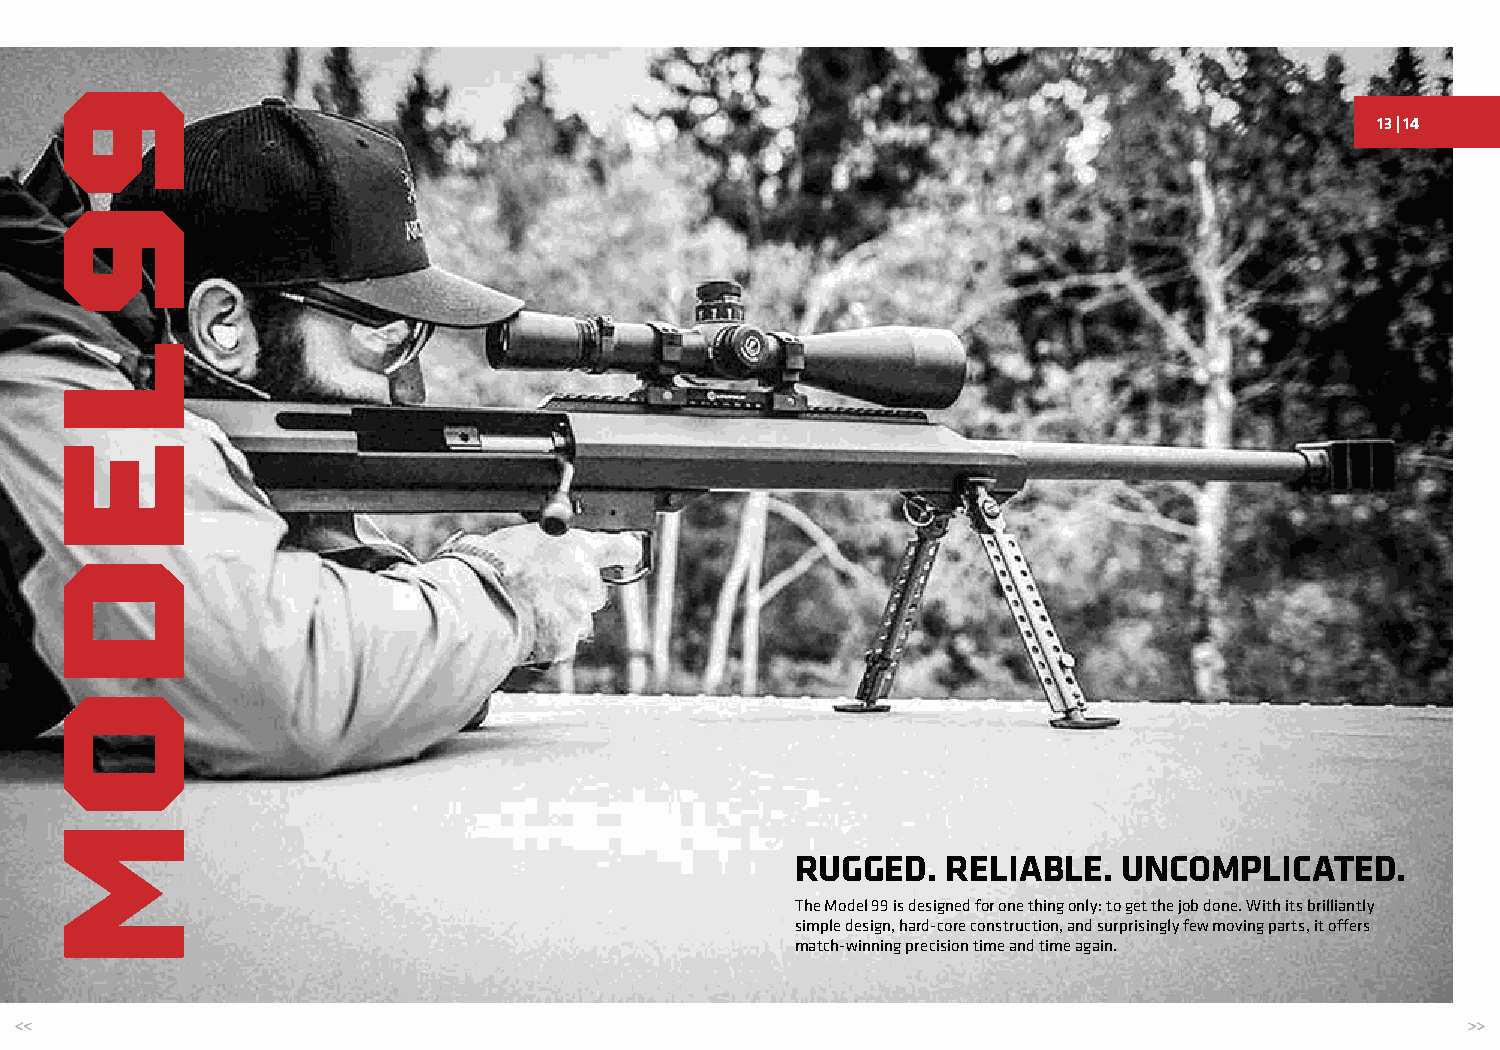
13 | 14
 RUGGED.   RELIABLE.  UNCOMPLICATED.
 The Model 99 is designed for one thing only: to get the job done. With its brilliantly
 simple design, hard-core construction, and surprisingly few moving parts, it offers
 match-winning precision time and time again.
 99
 LEDOM